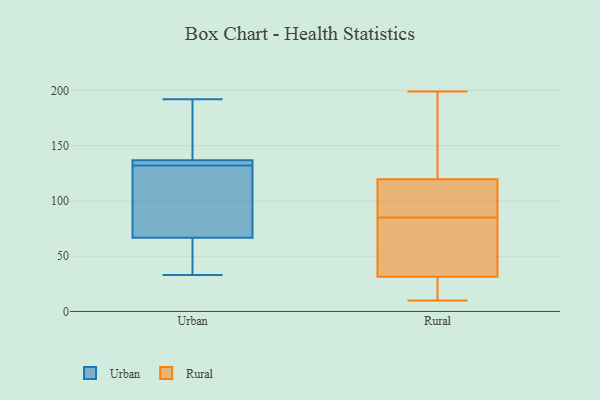
{"axis": {"x": "Inventory Turnover", "y": "Value"}, "legend": ["Rural", "Urban"], "data": [{"x": "", "y": 54, "type": "Urban"}, {"x": "", "y": 133, "type": "Urban"}, {"x": "", "y": 33, "type": "Urban"}, {"x": "", "y": 128, "type": "Urban"}, {"x": "", "y": 148, "type": "Urban"}, {"x": "", "y": 71, "type": "Urban"}, {"x": "", "y": 172, "type": "Urban"}, {"x": "", "y": 132, "type": "Urban"}, {"x": "", "y": 34, "type": "Urban"}, {"x": "", "y": 192, "type": "Urban"}, {"x": "", "y": 114, "type": "Urban"}, {"x": "", "y": 133, "type": "Urban"}, {"x": "", "y": 132, "type": "Urban"}, {"x": "", "y": 107, "type": "Rural"}, {"x": "", "y": 10, "type": "Rural"}, {"x": "", "y": 60, "type": "Rural"}, {"x": "", "y": 101, "type": "Rural"}, {"x": "", "y": 124, "type": "Rural"}, {"x": "", "y": 51, "type": "Rural"}, {"x": "", "y": 199, "type": "Rural"}, {"x": "", "y": 85, "type": "Rural"}, {"x": "", "y": 15, "type": "Rural"}, {"x": "", "y": 25, "type": "Rural"}, {"x": "", "y": 170, "type": "Rural"}]}